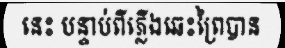
នេះ បន្ទាប់ពីភ្លើងឆេះព្រៃបាន